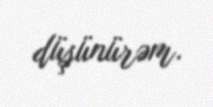
düşünürəm.